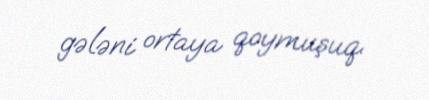
gələni ortaya qoymuşuq.